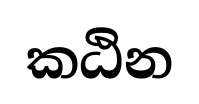
කඨින